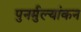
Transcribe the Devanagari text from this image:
पुनर्मुल्यांकन